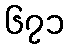
၆၇၁